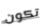
تكون